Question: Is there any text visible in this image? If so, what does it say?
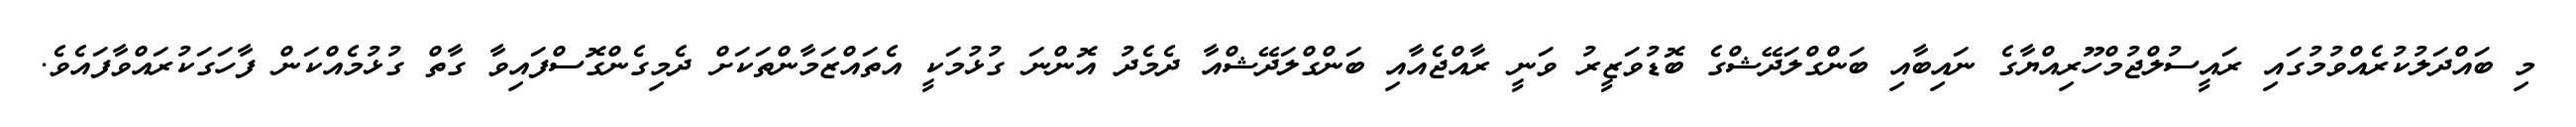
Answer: މި ބައްދަލުކުރެއްވުމުގައި ރައީސުލްޖުމްހޫރިއްޔާގެ ނައިބާއި ބަންގްލަދޭޝްގެ ބޮޑުވަޒީރު ވަނީ ރާއްޖެއާއި ބަންގްލަދޭޝްއާ ދެމެދު އޮންނަ ގުޅުމަކީ އެތައްޒަމާންތަކަށް ދެމިގެންގޮސްފައިވާ ގާތް ގުޅުމެއްކަން ފާހަގަކުރައްވާފައެވެ.